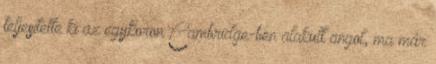
teljesítette ki az egykoron Cambridge-ben alakult angol, ma már